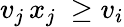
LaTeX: v_{j}\, x_{j}\ \geq v_{i}